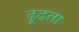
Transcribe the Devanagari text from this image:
ढ़ूढता